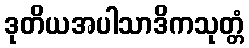
ဒုတိယအပါသာဒိကသုတ္တံ